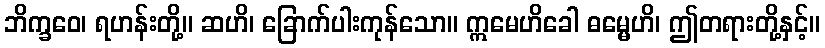
ဘိက္ခဝေ၊ ရဟန်းတို့။ ဆဟိ၊ ခြောက်ပါးကုန်သော။ ဣမေဟိခေါ ဓမ္မေဟိ၊ ဤတရားတို့နှင့်။